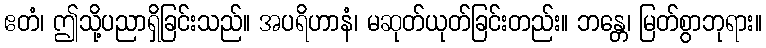
ဧတံ၊ ဤသို့ပညာရှိခြင်းသည်။ အပရိဟာနံ၊ မဆုတ်ယုတ်ခြင်းတည်း။ ဘန္တေ၊ မြတ်စွာဘုရား။